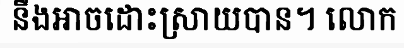
នឹងអាចដោះស្រាយបាន។ លោក